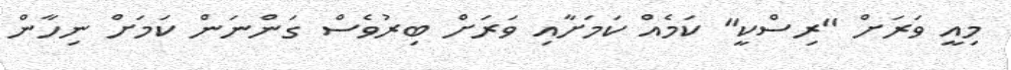
މިއީ ވަރަށް "ރިސްކީ" ކަމެއް ކަމަށާއި ވަރަށް ބިރުވެސް ގަންނަން ކަމަށް ނިހާން